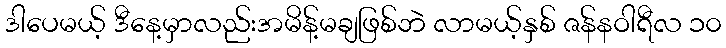
ဒါပေမယ့် ဒီနေ့မှာလည်းအမိန့်မချဖြစ်ဘဲ လာမယ့်နှစ် ဇန်နဝါရီလ ၁၀